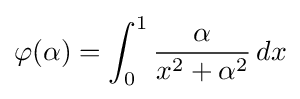
\varphi (\alpha )=\int _{0}^{1}{\frac {\alpha }{x^{2}+\alpha ^{2}}}\,dx